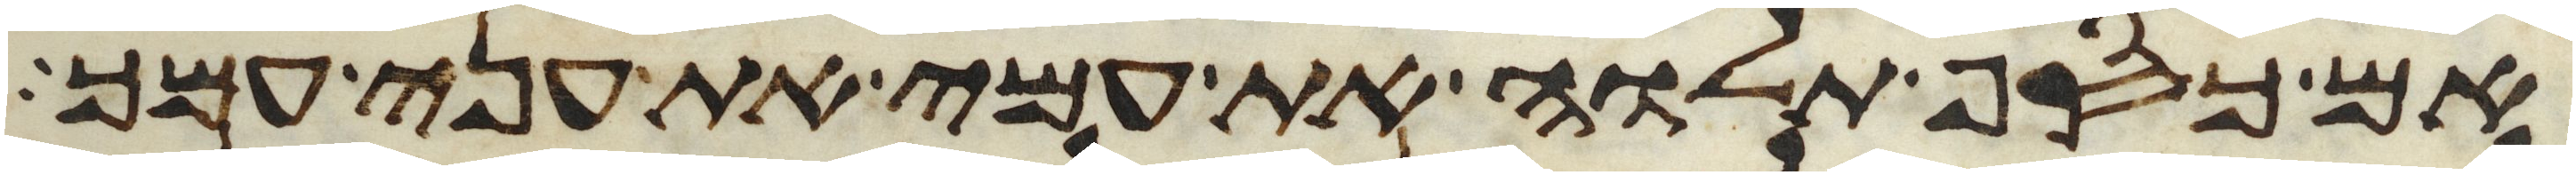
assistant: אם כסף תלוה את עמי את עני עמך